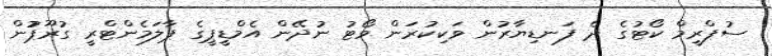
ސުޕްރީމް ކޯޓުގެ ދެ ފަނޑިޔާރުން ވަކިކުރަން ވޯޓު ނުދޭން އެމްޑީޕީގެ ޕާލަަމެންޓްރީ ގުރޫޕުުން